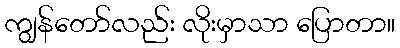
ကျွန်တော်လည်း လိုးမှာသာ ပြောတာ။